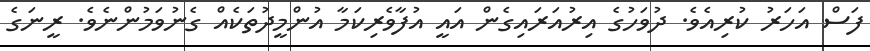
ފަސް އަހަރު ކުރިއެވެ. ދުވަހުގެ އިރުއަރައިގެން އައީ އުފާވެރިކަމާ އުންމީދުތަކެއް ގެނުވަމުންނެވެ. ރީނަގެ